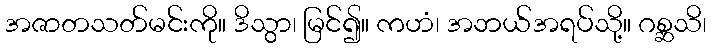
အဇာတသတ်မင်းကို။ ဒိသွာ၊ မြင်၍။ ကဟံ၊ အဘယ်အရပ်သို့။ ဂစ္ဆသိ၊